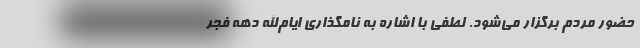
حضور مردم برگزار می‌شود. لطفی با اشاره به نامگذاری ایام‌الله دهه فجر